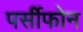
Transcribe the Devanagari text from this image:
पर्सीफोन